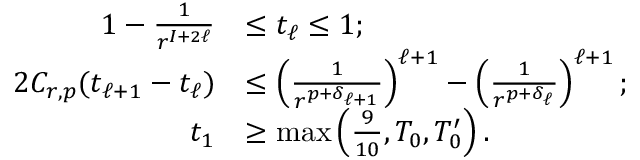
\begin{array} { r l } { 1 - \frac { 1 } { r ^ { I + 2 \ell } } } & { \leq t _ { \ell } \leq 1 ; } \\ { 2 C _ { r , p } ( t _ { \ell + 1 } - t _ { \ell } ) } & { \leq \left( \frac { 1 } { r ^ { p + \delta _ { \ell + 1 } } } \right) ^ { \ell + 1 } - \left( \frac { 1 } { r ^ { p + \delta _ { \ell } } } \right) ^ { \ell + 1 } ; } \\ { t _ { 1 } } & { \geq \operatorname* { m a x } \left( \frac { 9 } { 1 0 } , T _ { 0 } , T _ { 0 } ^ { \prime } \right) . } \end{array}